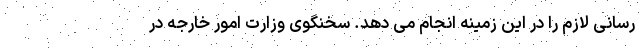
رسانی لازم را در این زمینه انجام می دهد. سخنگوی وزارت امور خارجه در